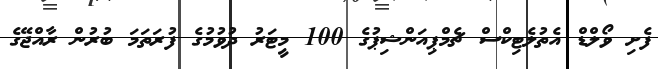
ފެށި ވޯލްޑް އެތުލެޓިކްސް ޗެމްޕިއަންޝިޕުގެ 100 މީޓަރު ދުވުމުގެ ފުރަތަމަ ބުރުން ރާއްޖޭގެ